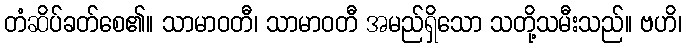
တံဆိပ်ခတ်စေ၏။ သာမာဝတီ၊ သာမာဝတီ အမည်ရှိသော သတို့သမီးသည်။ ဗဟိ၊